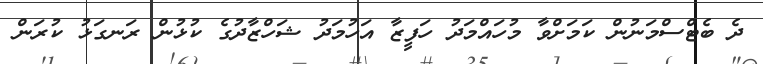
ދެ ބެޓްސްމަނުން ކަމަށްވާ މުހައްމަދު ހަފީޒާ އަހުމަދު ޝަހްޒާދުގެ ކުޅުން ރަނގަޅު ކުރަން